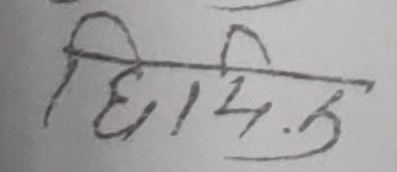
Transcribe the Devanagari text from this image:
धियम.क